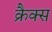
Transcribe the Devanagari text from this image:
क्रैक्स